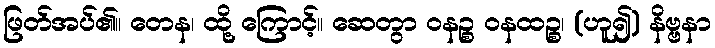
ဖြတ်အပ်၏။ တေန၊ ထို့ ကြောင့်။ ဆေတွာ ဝနဉ္စ ဝနထဉ္စ၊ (ဟူ၍) နိဗ္ဗနာ